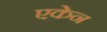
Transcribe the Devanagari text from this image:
एकेन